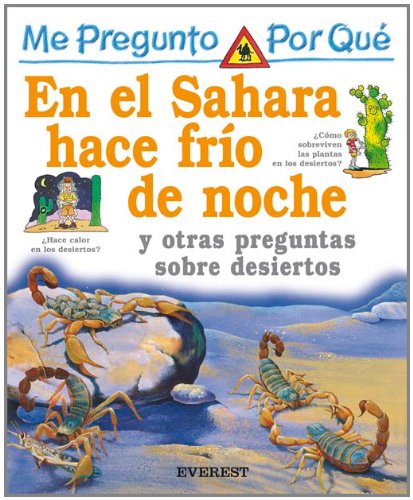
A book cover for Por Que En El Sahara Hace Frio De Noche? / I Wonder Why The Sahara is Cold At Night (Mi Primera Enciclopedia / My First Encyclopedia) (Spanish Edition); Jackie Gaff; Reference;